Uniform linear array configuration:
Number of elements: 4
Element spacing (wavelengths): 0.5
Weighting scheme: blackman
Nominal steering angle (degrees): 30
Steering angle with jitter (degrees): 30.955
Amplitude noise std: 0.05
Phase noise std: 0.05

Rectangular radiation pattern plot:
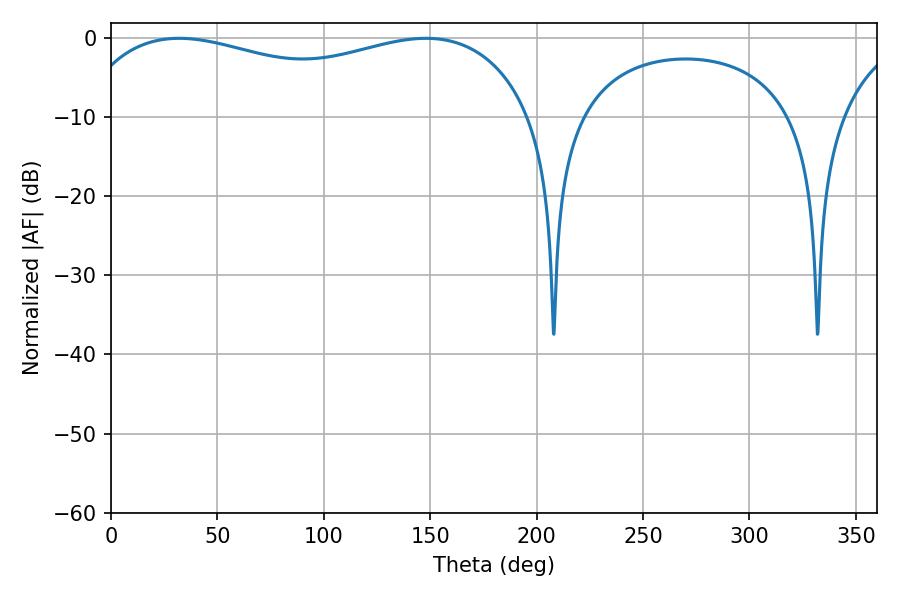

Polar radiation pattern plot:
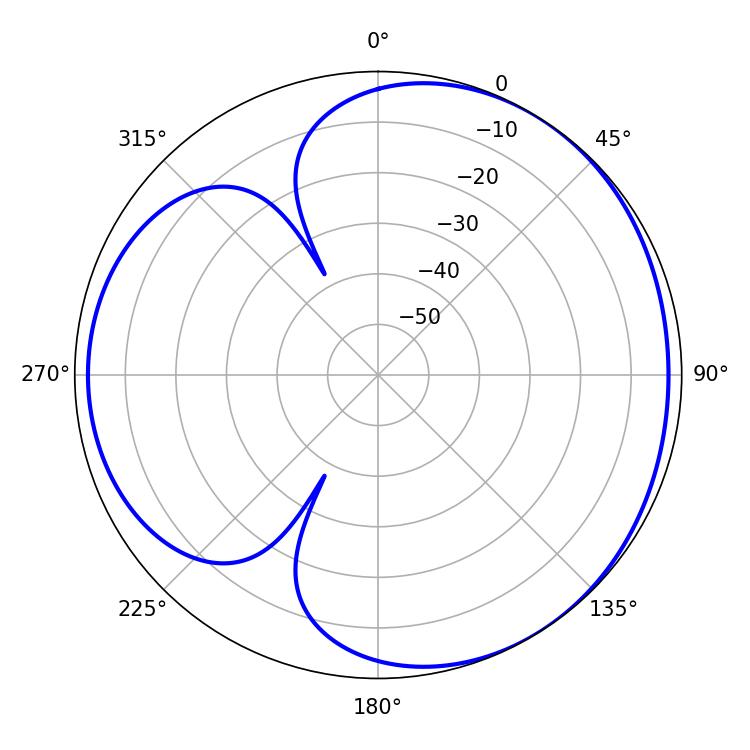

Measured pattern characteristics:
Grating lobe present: FALSE
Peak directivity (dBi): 3.517
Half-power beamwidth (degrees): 176.4
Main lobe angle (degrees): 32.04